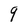
Character: 9